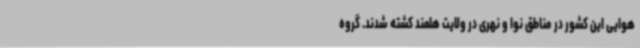
هوایی این کشور در مناطق نوا و نهری در ولایت هلمند کشته شدند. گروه